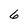
Character: 6